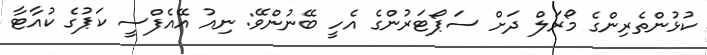
ކުޅުންތެރިންގެ މޯރަލް ދަށް ސަޕޯޓަރުންގެ އެހީ ބޭނުންވޭ: ނިއު އޭއެފްސީ ކަޕުގެ ކުއާޓާ